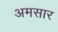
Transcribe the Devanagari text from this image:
अमसार